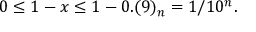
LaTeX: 0 \leq 1 - x \leq 1 - 0 . ( 9 ) _ { n } = 1 / 1 0 ^ { n } .